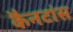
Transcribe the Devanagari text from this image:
कैनटांस